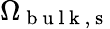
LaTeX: \Omega_{\mathrm{~b~u~l~k~,~s~}}